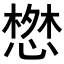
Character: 𢠘